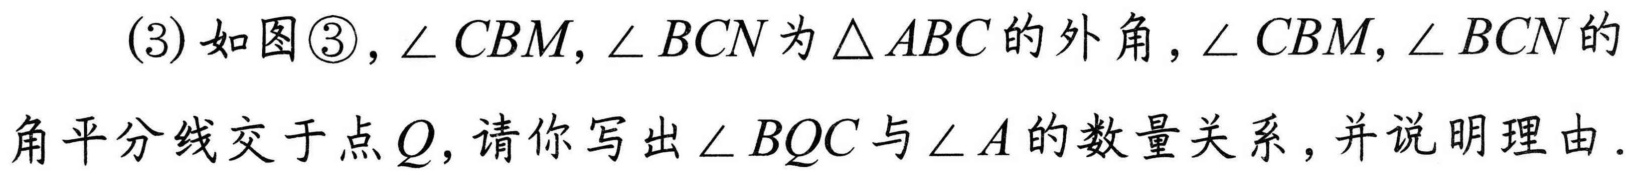
(3)如图\textcircled{3}，\(\angle CBM\)，\(\angle BCN\)为\(\triangle ABC\)的外角，\(\angle CBM\)，\(\angle BCN\)的
角平分线交于点\(Q\)，请你写出\(\angle BQC\)与\(\angle A\)的数量关系，并说明理由.